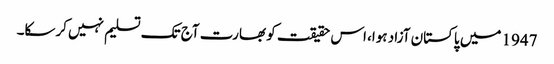
1947 میں پاکستان آزاد ہوا، اس حقیقت کو بھارت آج تک تسلیم نہیں کرسکا۔